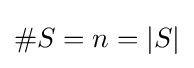
\#S=n=|S|